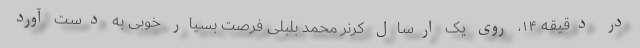
در دقیقه ١۴، روی یک ارسال کرنر محمد بلبلی فرصت بسیار خوبی به دست آورد